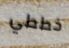
خططي